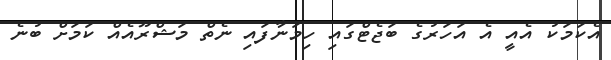
އެކަމަކު އެއީ އެ އަހަރުގެ ބަޖެޓްގައި ހިމަނާފައި ނެތް މަޝްރޫއެއް ކަމަށް ބުނެ